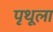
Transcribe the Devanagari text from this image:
पृथूला